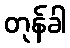
တုန်ခါ